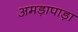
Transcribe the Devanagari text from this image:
अमड़ापाड़ा